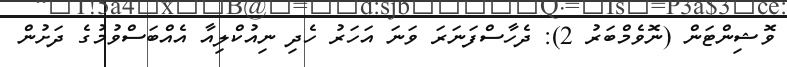
ވޮޝިންޓަން (ނޮވެމްބަރު 2): ދެހާސްފަނަރަ ވަނަ އަހަރު ހެދި ނިއުކްލިއާ އެއްބަސްވުމުގެ ދަށުން